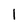
Character: 1